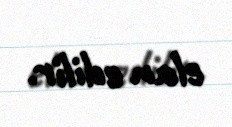
elan edilir.